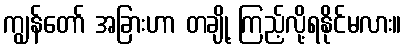
ကျွန်တော် အခြားဟာ တချို့ ကြည့်လို့ရနိုင်မလား။